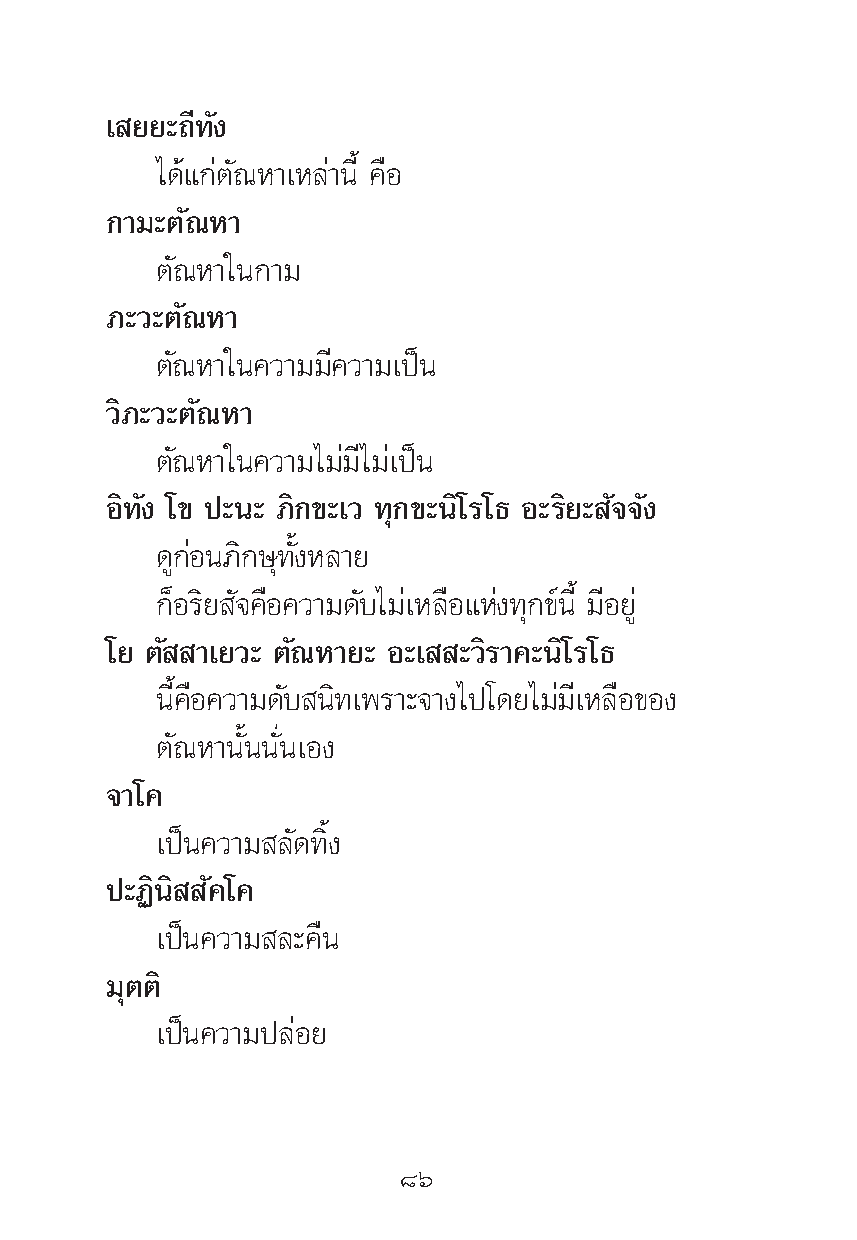
‡ ¬¬–∂’∑—ß
 ‰¥â·°àμ—≥À“‡À≈à“π’È §◊Õ
 °“¡–μ—≥À“
 μ—≥À“„π°“¡
 ¿–«–μ—≥À“
 μ—≥À“„π§«“¡¡’§«“¡‡ªìπ
 «‘¿–«–μ—≥À“
 μ—≥À“„π§«“¡‰¡à¡’‰¡à‡ªìπ
 Õ‘∑—ß ‚¢ ª–π– ¿‘°¢–‡« ∑ÿ°¢–π‘‚√‚∏ Õ–√‘¬– —®®—ß
 ¥Ÿ°àÕπ¿‘°…ÿ∑—ÈßÀ≈“¬
 °ÁÕ√‘¬ —®§◊Õ§«“¡¥—∫‰¡à‡À≈◊Õ·Ààß∑ÿ°¢åπ’È ¡’Õ¬Ÿà
 ‚¬ μ— “‡¬«– μ—≥À“¬– Õ–‡ –«‘√“§–π‘‚√‚∏
 π’È§◊Õ§«“¡¥—∫ π‘∑‡æ√“–®“ß‰ª‚¥¬‰¡à¡’‡À≈◊Õ¢Õß
 μ—≥À“π—Èππ—Ëπ‡Õß
 ®“‚§
 ‡ªìπ§«“¡ ≈—¥∑‘Èß
 ª–Ø‘π‘ —§‚§
 ‡ªìπ§«“¡ ≈–§◊π
 ¡ÿμμ‘
 ‡ªìπ§«“¡ª≈àÕ¬
 ¯ˆ